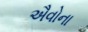
ઐવોના